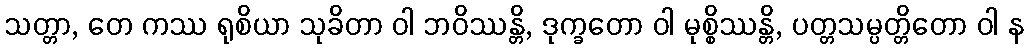
သတ္တာ, တေ ကဿ ရုစိယာ သုခိတာ ဝါ ဘဝိဿန္တိ, ဒုက္ခတော ဝါ မုစ္စိဿန္တိ, ပတ္တသမ္ပတ္တိတော ဝါ န